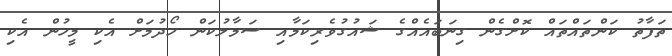
ތަފާތު ކަންތައްތައް ކޮށްގެން ގިނަބައެއްގެ ޝައުގުވެރިކަމާއި ސަމާލުކަން ހޯދުމަށް އެކި މީހުން އެކި